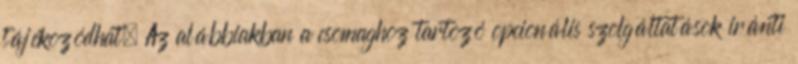
tájékozódhat. Az alábbiakban a csomaghoz tartozó opcionális szolgáltatások iránti